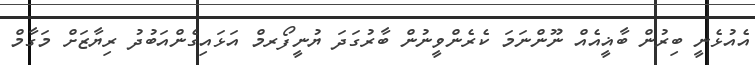
އެއުޅެނީ ބިރުން ބާޣީއެއް ނޫންނަމަ ކެރެންވީނުން ބާރުގަދަ ޔުނީފޯރމް އަޅައިގެންއަބުދު ރިޔާޒަށް މަގާމް